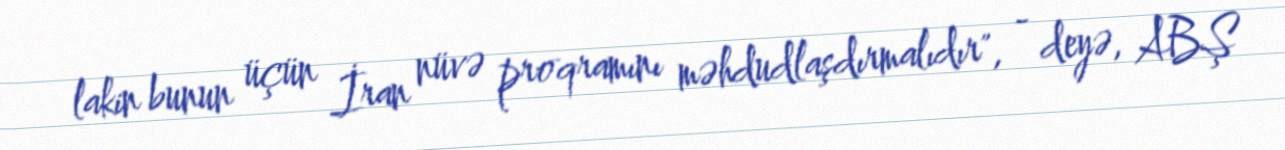
lakin bunun üçün İran nüvə proqramını məhdudlaşdırmalıdır", - deyə, ABŞ